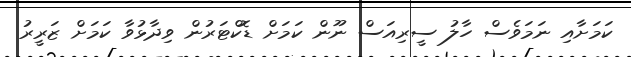
ކަމަށާއި ނަމަވެސް ހާލު ސީރިއަސް ނޫން ކަމަށް ޑޮކްޓަރުން ވިދާޅުވާ ކަމަށް ޒަރީރު